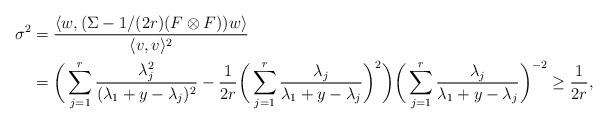
LaTeX: \begin{align*}\sigma^2&=\frac{\langle w,(\Sigma-1/(2r)(F\otimes F)) w\rangle}{\langle v,v\rangle^2}\\&=\bigg(\sum_{j=1}^r\frac{\lambda_j^2}{(\lambda_1+y-\lambda_j)^2}-\frac{1}{2r}\bigg(\sum_{j= 1}^r\frac{\lambda_j}{\lambda_1+y-\lambda_j}\bigg)^2\bigg)\bigg(\sum_{j= 1}^r\frac{\lambda_j}{\lambda_1+y-\lambda_j}\bigg)^{-2}\geq \frac{1}{2r},\end{align*}